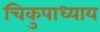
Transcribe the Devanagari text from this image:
चिकुपाध्याय